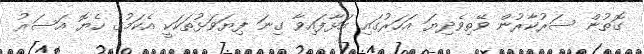
ގޮތުން ސަރުކާރުން ވޭތިވެދިޔަ އަހަރުގައި އަޅާފައިވާ ގިނަ ފިޔަވަޅުތަކަކީ އެކަމުގެ ހެޔޮ އަސަރު